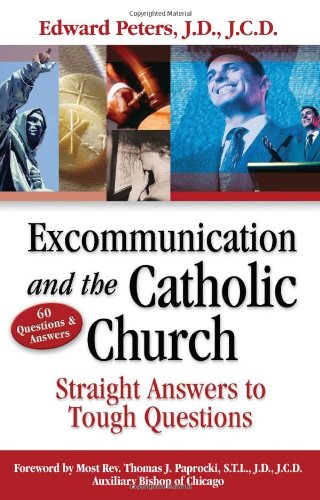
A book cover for Excommunication and the Catholic Church; Edward N. Peters; Christian Books & Bibles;